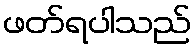
ဖတ်ရပါသည်